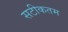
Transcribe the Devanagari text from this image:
सटीकतम